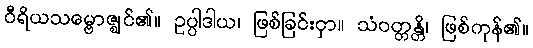
ဝီရိယသမ္ဗောဇ္ဈင်၏။ ဥပ္ပါဒါယ၊ ဖြစ်ခြင်းငှာ။ သံဝတ္တန္တိ၊ ဖြစ်ကုန်၏။